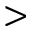
>